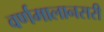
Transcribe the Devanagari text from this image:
वर्णमालानसरी